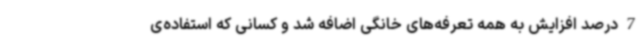
7 درصد افزایش به همه تعرفه‌های خانگی اضافه شد و کسانی که استفاده‌ی